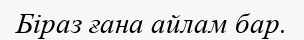
Біраз ғана айлам бар.